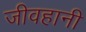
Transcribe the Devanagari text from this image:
जीवहानी